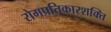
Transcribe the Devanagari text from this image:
रोगप्रतिकारशक्ति